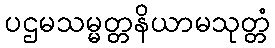
ပဌမသမ္မတ္တနိယာမသုတ္တံ